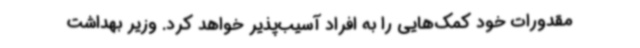
مقدورات خود کمک‌هایی را به افراد آسیب‌پذیر خواهد کرد. وزیر بهداشت